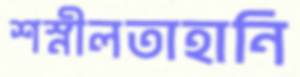
শস্নীলতাহানি